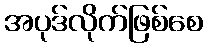
အပုဒ်လိုက်ဖြစ်စေ